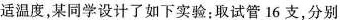
适温度，某同学设计了如下实验：取试管16支，分别